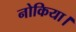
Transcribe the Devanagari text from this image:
नोकिया।